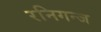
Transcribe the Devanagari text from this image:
रनिगन्ज